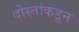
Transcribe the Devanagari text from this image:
दोस्तांकडून